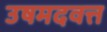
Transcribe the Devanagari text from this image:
उषमदवत्त